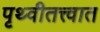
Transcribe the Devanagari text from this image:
पृथ्वीतत्त्वात